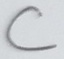
Text: C